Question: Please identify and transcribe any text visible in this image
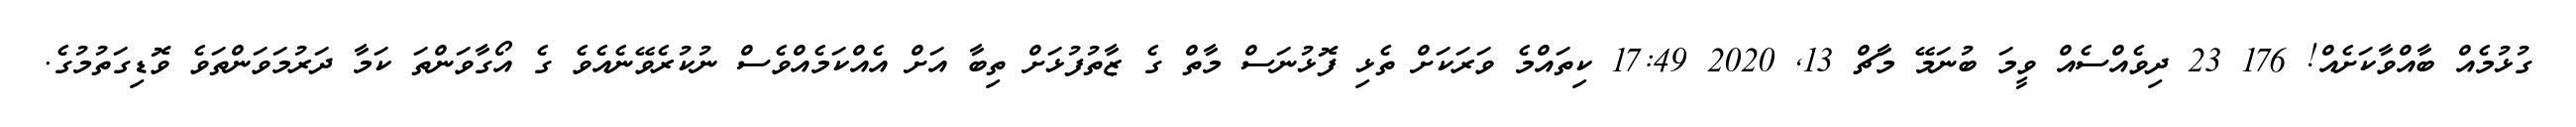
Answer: ގުޅުމެއް ބާއްވާކަށެއް! 176 23 ދިވެއްސެއް ވީމަ ބުނަމޭ މާޗް 13, 2020 17:49 ކިތައްމެ ވަރަކަށް ތެޅި ފޮޅުނަސް މާތް ގެ ޒާތުފުޅަށް ތިބާ އަށް އެއްކަމެއްވެސް ނުކުރެވޭނެއެވެ ގެ އޯގާވަންތަ ކަމާ ދަރުމަވަންތަވެ ވޮޑިގަތުމުގެ.